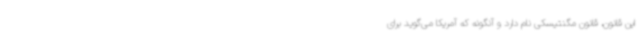
این قانون، قانون مگنتیسکی نام دارد و آنگونه که آمریکا می‌گوید برای